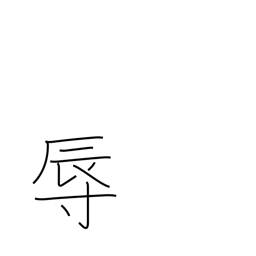
Meaning: humiliate